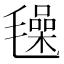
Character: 𣰕